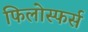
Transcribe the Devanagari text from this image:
फिलोस्फर्स